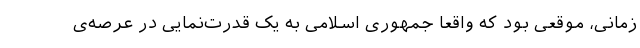
زمانی، موقعی بود که واقعاً جمهوری اسلامی به یک قدرت‌نمایی در عرصه‌ی